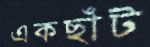
একছাঁট